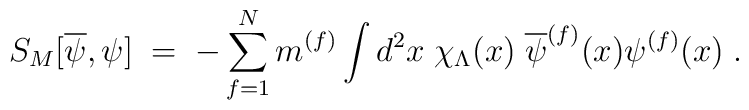
S_M[\overline{\psi}, \psi] \; = \; -\sum_{f=1}^N m^{(f)} \int d^2x\; \chi_\Lambda(x) \;\overline{\psi}^{(f)}(x) \psi^{(f)}(x) \; .